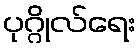
ပုဂ္ဂိုလ်ရေး